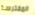
المفترسة